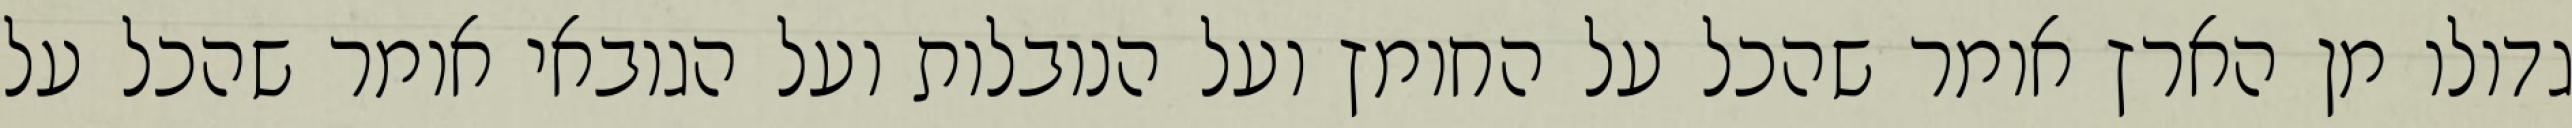
גדולו מן הארץ אומר שהכל על החומץ ועל הנובלות ועל הגובאי אומר שהכל על